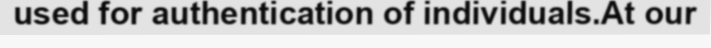
used for authentication of individuals.At our